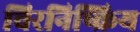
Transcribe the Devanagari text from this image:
चिरनिष्क्रिय